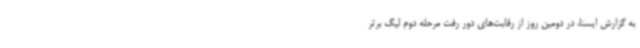
به گزارش ایسنا، در دومین روز از رقابت‌های دور رفت مرحله دوم لیگ برتر